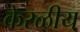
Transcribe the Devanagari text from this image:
केरळीय